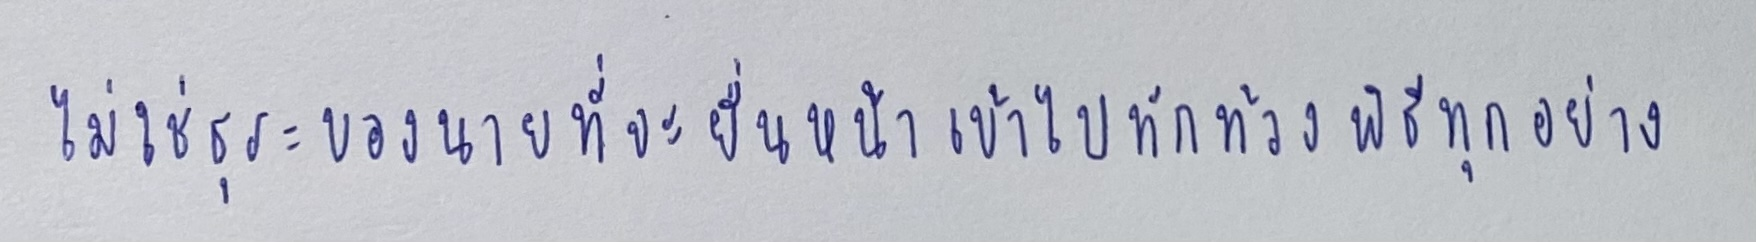
ไม่ใช่ธุระของนายที่จะยื่นหน้าเข้าไปทักท้วงพิธีทุกอย่าง